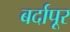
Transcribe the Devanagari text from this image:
बर्दापूर